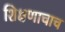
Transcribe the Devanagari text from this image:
शिक्षणाचाच